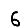
Digit: 6